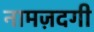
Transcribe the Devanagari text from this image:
नामज़दगी